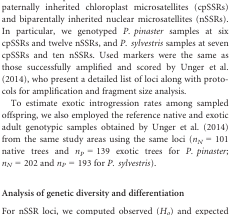
| <ROWSPAN=2> Species |  | <COLSPAN=2> cpSSRs | <COLSPAN=2> nSSRs |
 | Sample pair | FST | Dest | FST | Dest |
 | --- | --- | --- | --- | --- | --- |
 | <ROWSPAN=9> P. pinaster | NA – EA | 0.112 | 0.794 | 0.083 | 0.154 |
 | NA – S | −0.002 | −0.006 | 0.004 | 0.006 |
 | NA – R1 | −0.002 | −0.006 | 0.013 | 0.019 |
 | NA – R2 | 0.006 | 0.013 | 0.011 | 0.015 |
 | NA – R3 | 0.019 | 0.043 | 0.012 | 0.015 |
 | EA – S | 0.125 | 0.814 | 0.102 | 0.170 |
 | EA – R1 | 0.136 | 0.823 | 0.109 | 0.188 |
 | EA – R2 | 0.172 | 0.835 | 0.105 | 0.172 |
 | EA – R3 | 0.181 | 0.848 | 0.110 | 0.184 |
 | <ROWSPAN=7> P. sylvestris | NA – EA | 0.044 | 0.726 | 0.046 | 0.089 |
 | NA – S | 0.006 | 0.070 | 0.006 | 0.009 |
 | NA – R1 | 0.009 | 0.113 | 0.003 | 0.003 |
 | NA – R2 | 0.010 | 0.096 | 0.007 | 0.011 |
 | EA – S | 0.023 | 0.646 | 0.039 | 0.082 |
 | EA – R1 | 0.016 | 0.586 | 0.038 | 0.080 |
 | EA – R2 | 0.020 | 0.566 | 0.032 | 0.055 |